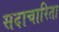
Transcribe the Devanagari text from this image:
सदाचारिता